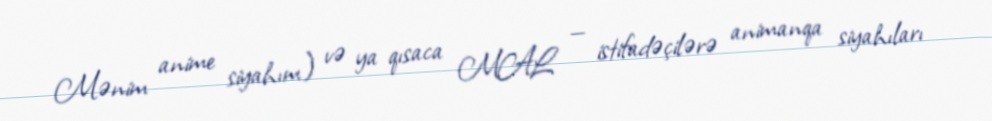
Mənim anime siyahım) və ya qısaca MAL — istifadəçilərə animanqa siyahıları